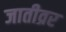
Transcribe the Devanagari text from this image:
जातीव्रर